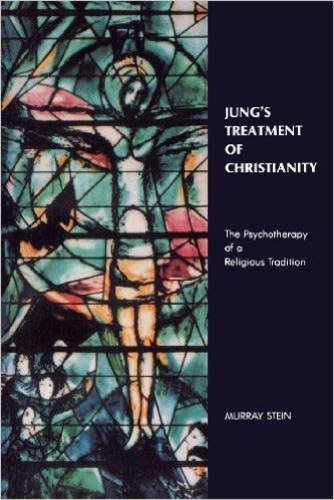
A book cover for Jung's Treatment of Christianity: The Psychotherapy of a Religious Tradition; Murray Stein; Religion & Spirituality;